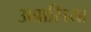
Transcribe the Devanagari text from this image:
अबासिया